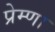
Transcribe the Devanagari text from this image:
प्रेम्णा